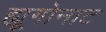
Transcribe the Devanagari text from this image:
ह्यूगोनाट